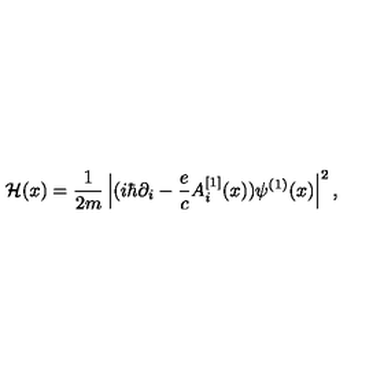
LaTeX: { \cal H } ( x ) = { \frac { 1 } { 2 m } } \left| ( i \hbar \partial _ { i } - { \frac { e } { c } } A _ { i } ^ { [ 1 ] } ( x ) ) \psi ^ { ( 1 ) } ( x ) \right| ^ { 2 } ,